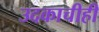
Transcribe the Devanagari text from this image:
उदकाचीही